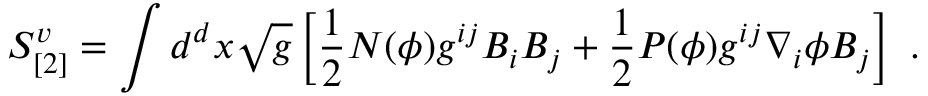
S _ { [ 2 ] } ^ { v } = \int d ^ { d } x \sqrt { g } \left[ \frac { 1 } { 2 } N ( \phi ) g ^ { i j } B _ { i } B _ { j } + \frac { 1 } { 2 } P ( \phi ) g ^ { i j } \nabla _ { i } \phi B _ { j } \right] ~ .